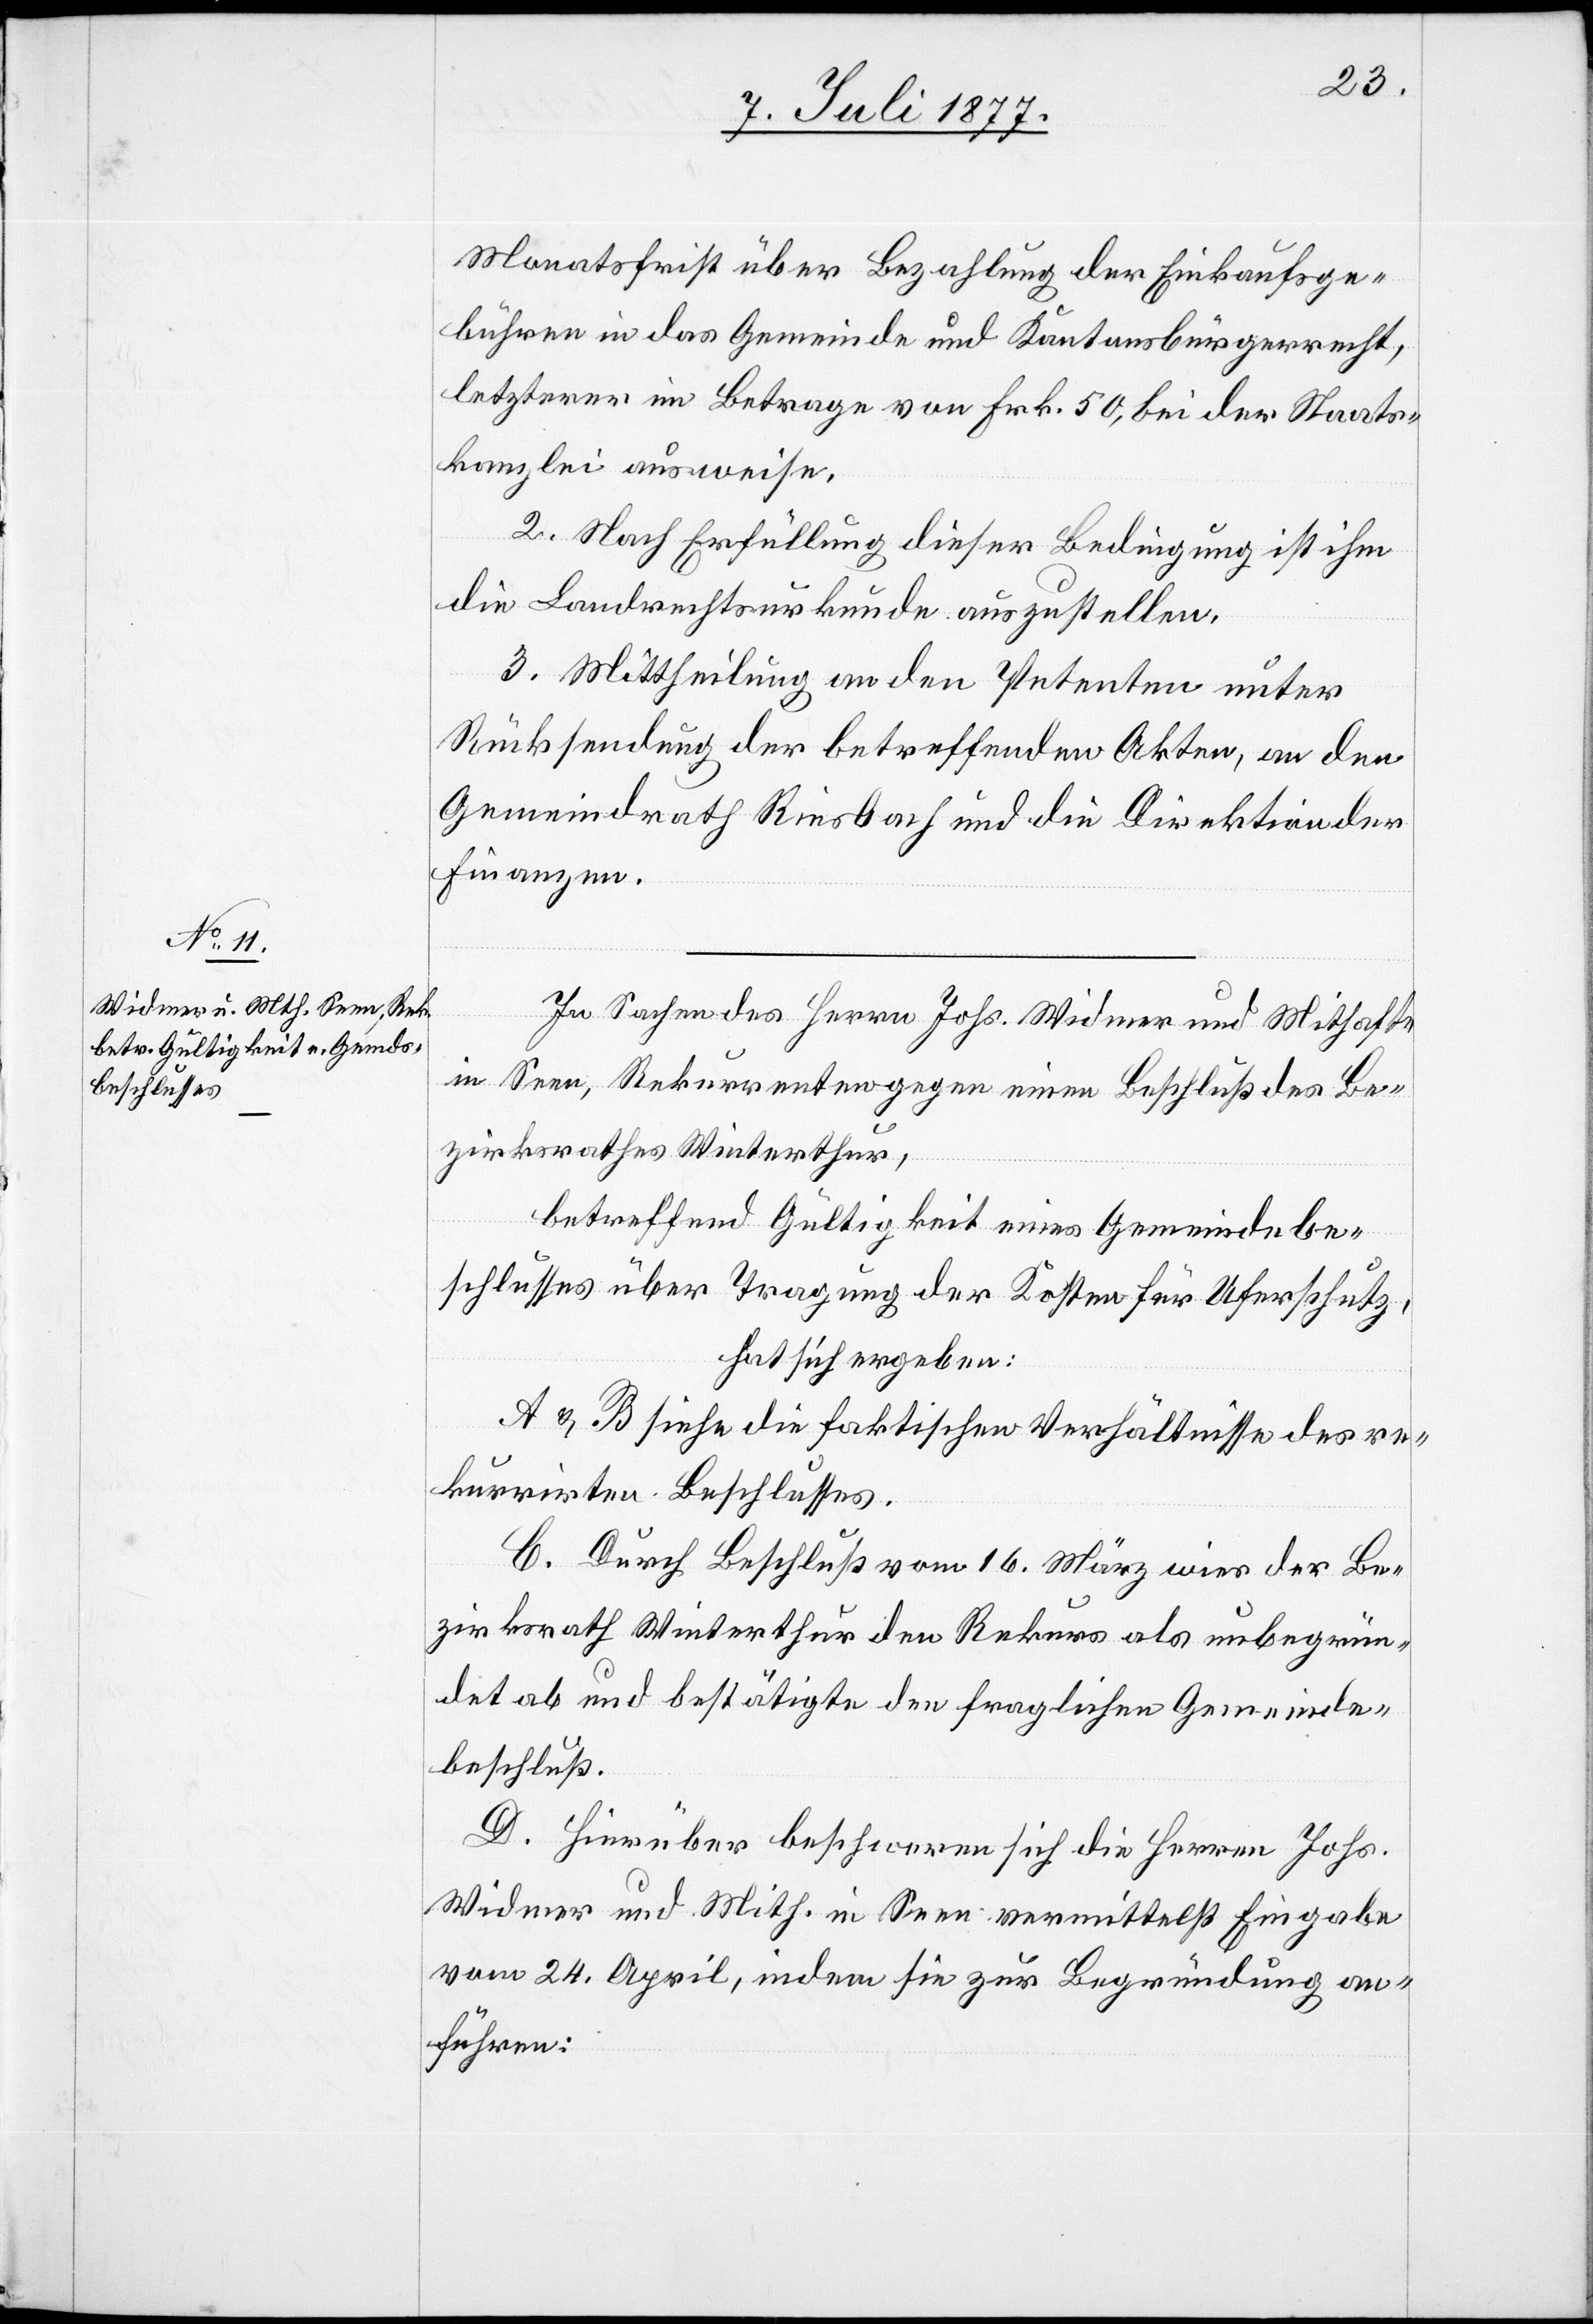
Monatsfrist über Bezahlung der Einkaufsge¬
bühren in das Gemeinde[-] und Kantonsbürgerrecht,
letzterer im Betrage von Frk. 50, bei der Staats¬
kanzlei ausweise.
2. Nach Erfüllung dieser Bedingung ist ihm
die Landrechtsurkunde auszustellen.
3. Mittheilung an den Petenten unter
Rücksendung der betreffenden Akten, an den
Gemeindrath Riesbach und die Direktion der
Finanzen.
In Sachen des Herrn Johs. Widmer und Mithafte
in Seen, Rekurrenten gegen einen Beschluß des Be¬
zirksrathes Winterthur,
betreffend Gültigkeit eines Gemeindebe¬
schlusses über Tragung der Kosten für Uferschutz,
hat sich ergeben:
A & B siehe die faktischen Verhältnisse des re¬
kurrirten Beschlusses.
C. Durch Beschluß vom 16. März wies der Be¬
zirksrath Winterthur den Rekurs als unbegrün¬
det ab und bestätigte den fraglichen Gemeinde¬
beschluß.
D. Hierüber beschweren sich die Herren Johs.
Widmer und Mith. in Seen vermittelst Eingabe
vom 24. April, indem sie zur Begründung an¬
führen: